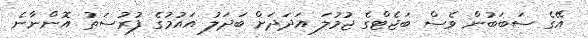
އޭގެ ސަބަބުން ވެސް ބަޖެޓްގެ ޖުމުލަ އަދަދަށް ބަދަލު އައުމުގެ ފުރުސަތު އޮންނާނެ